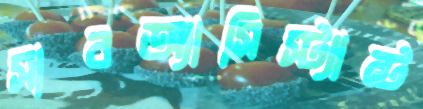
সাবঅ্যাসিস্ট্যান্ট